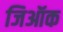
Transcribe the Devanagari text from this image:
जिऑक